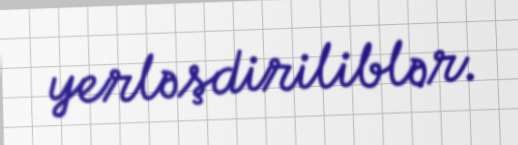
yerləşdiriliblər.